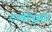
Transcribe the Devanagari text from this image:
दर्ज्यानुसार